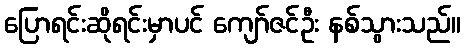
ပြောရင်းဆိုရင်းမှာပင် ကျော်ဇင်ဦး နစ်သွားသည်။